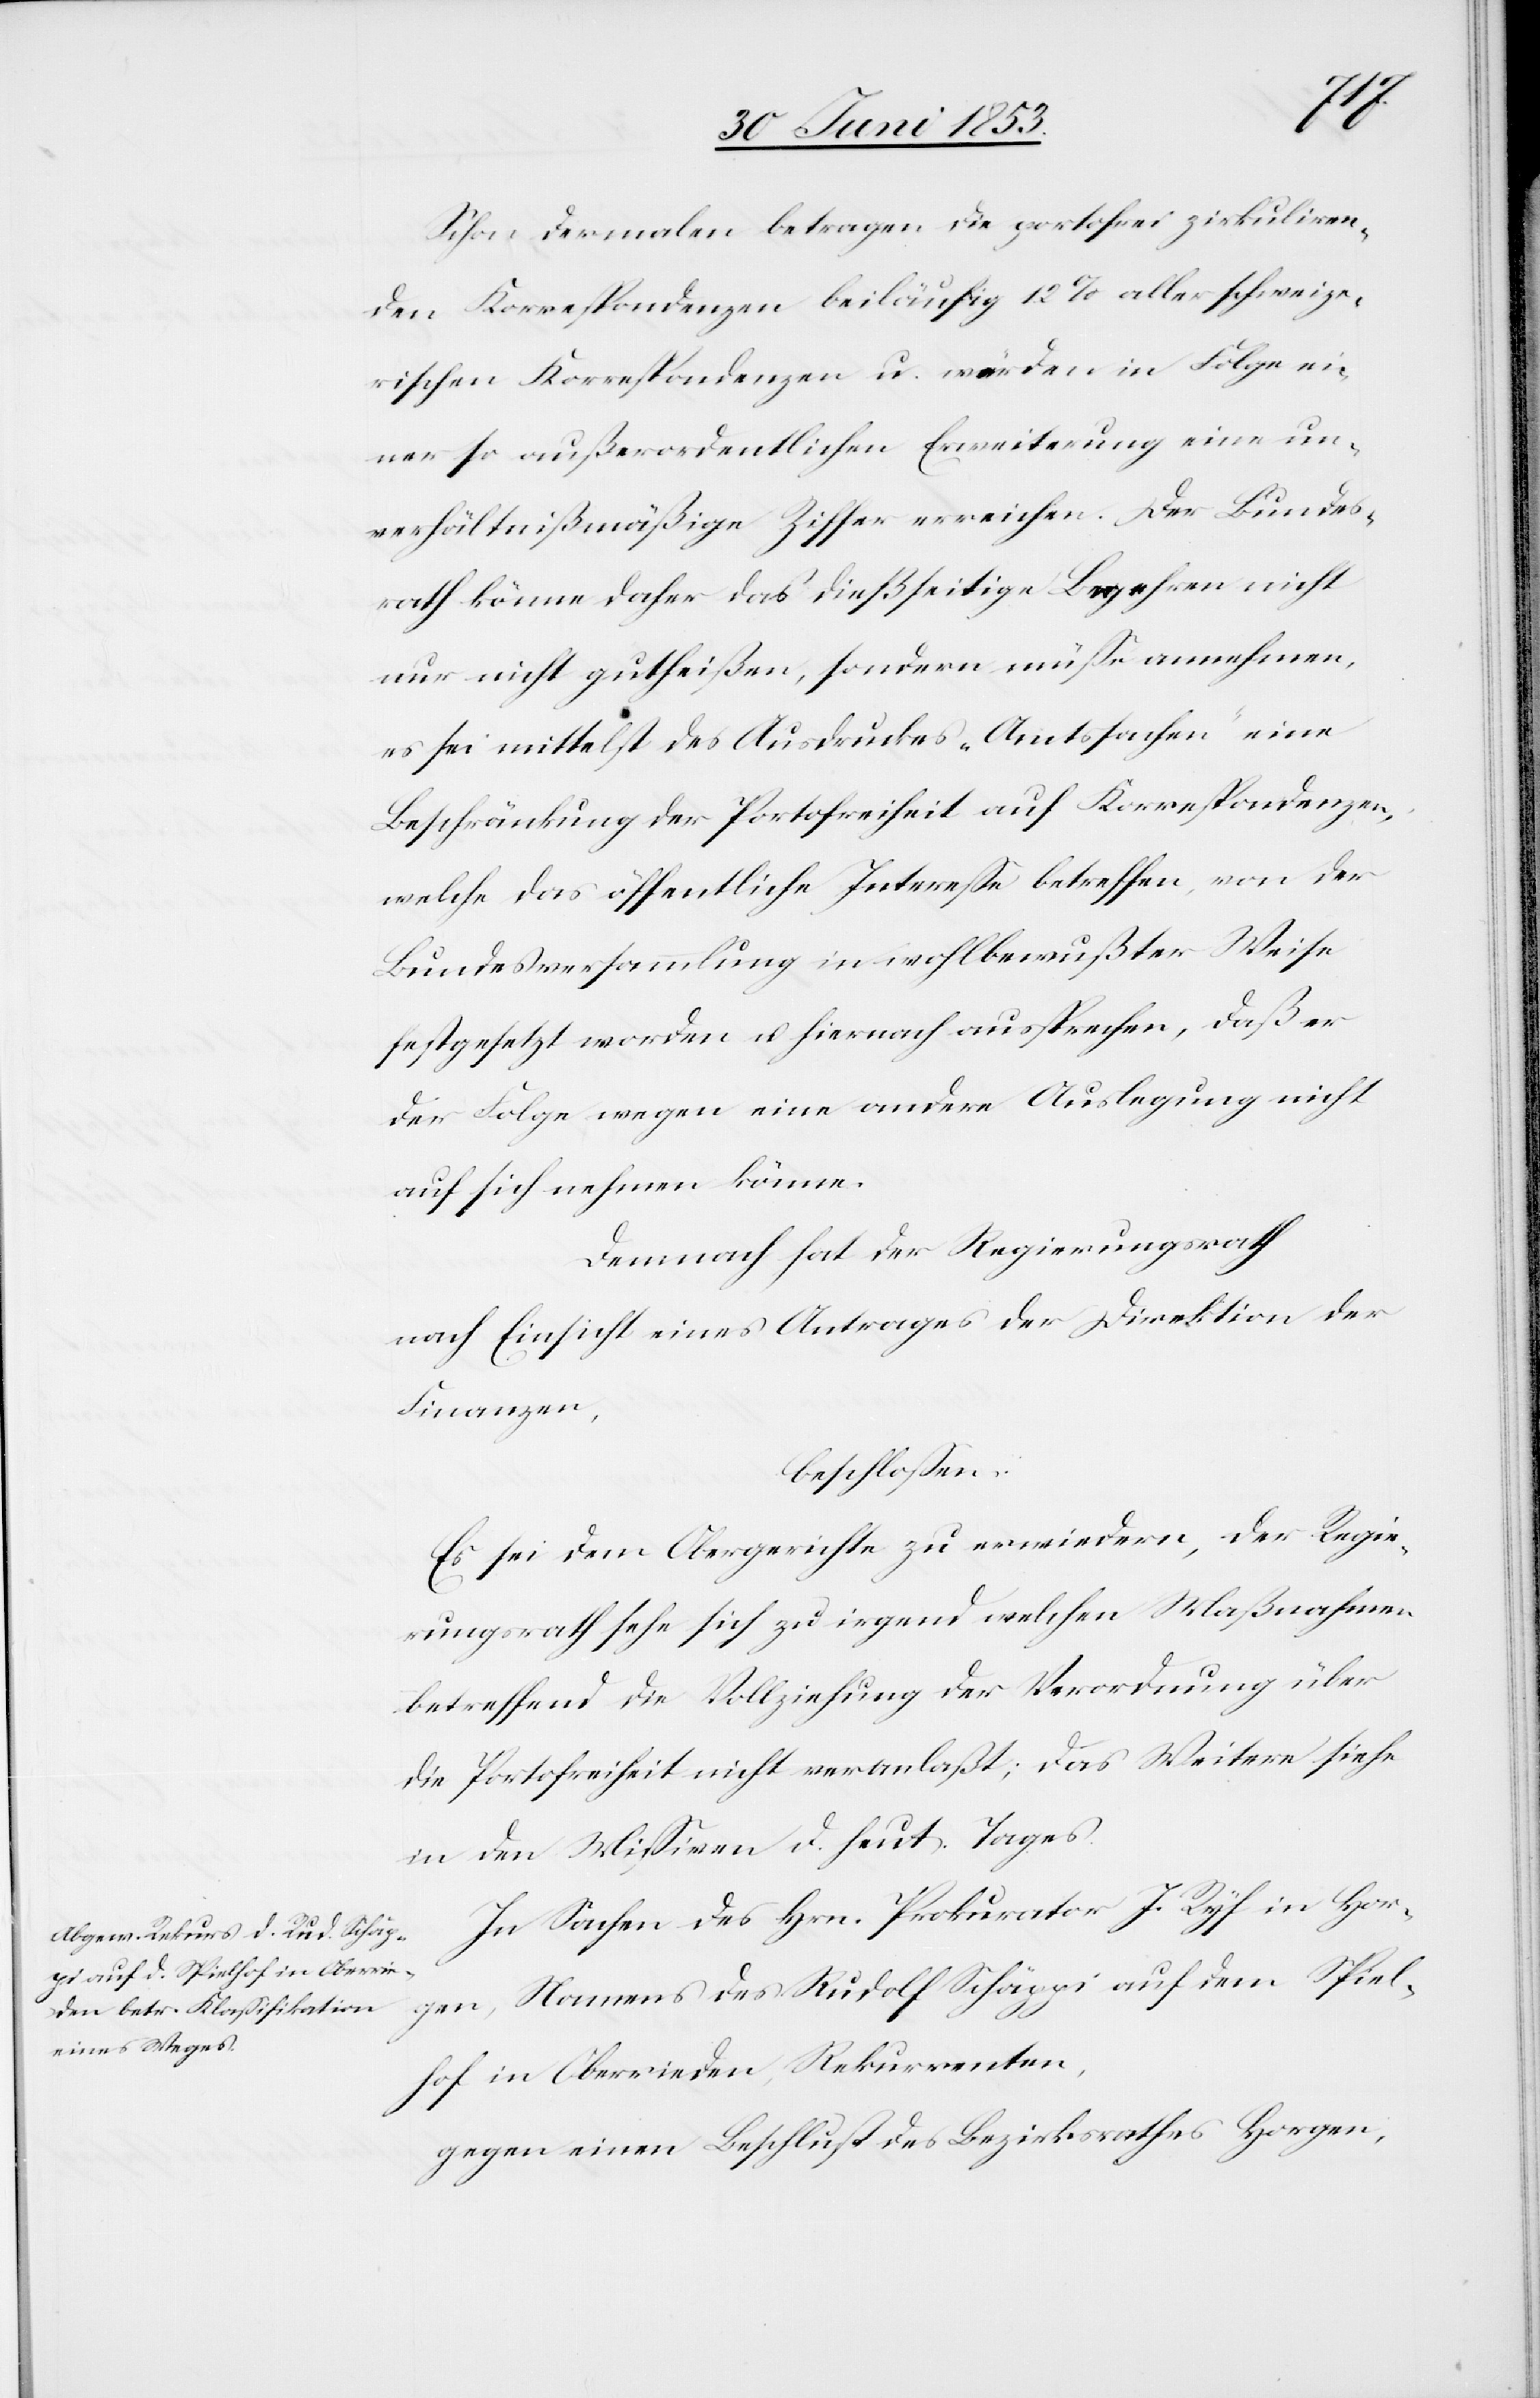
Schon dermalen betragen die portofrei zirkuliren¬
den Korrespondenzen beiläufig 12% aller schweize¬
rischen Korrespondenzen u. würden in Folge ei¬
ner so außerordentlichen Erweiterung eine un¬
verhältnißmäßige Ziffer erreichen. Der Bundes¬
rath könne daher das dießseitige Begehren nicht
nur nicht gutheißen, sondern müße annehmen,
es sei mittelst des Ausdrucks „Amtssache“ eine
Beschränkung der Portofreiheit auf Korrespondenzen,
welche das öffentliche Intereße betreffen, von der
Bundesversammlung in wohlbewußter Weise
festgesetzt worden u. hiernach aussprechen, daß er
der Folge wegen eine andere Auslegung nicht
auf sich nehmen können.
Demnach hat der Regierungsrath
nach Einsicht eines Antrages der Direktion der
Finanzen,
beschloßen:
Es sei dem Obergerichte zu erwiedern, der Regie¬
rungsrath sehe sich zu irgend welchen Maßnahmen
betreffend die Vollziehung der Verordnung über
die Portofreiheit nicht veranlaßt; das Weitere siehe
in den Mißiven d. heut. Tages.
In Sachen des Hrn. Prokurator J. Ryf in Hor¬
gen, Namens des Rudolf Schäppi auf dem Spiel¬
hof in Oberrieden, Rekurrenten,
gegen einen Beschluß des Bezirksrathes Horgen,